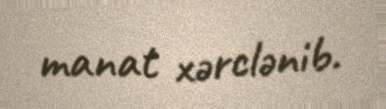
manat xərclənib.